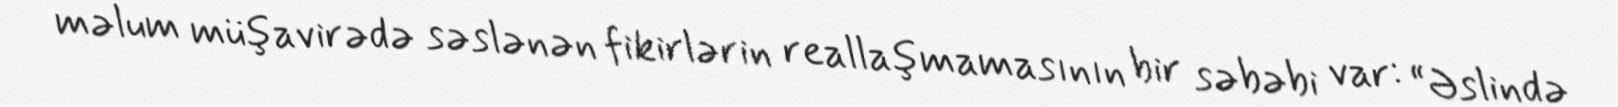
məlum müşavirədə səslənən fikirlərin reallaşmamasının bir səbəbi var: “Əslində